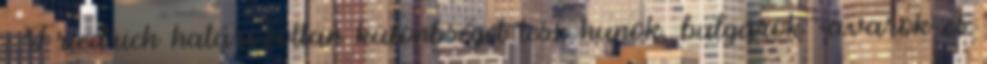
. Friedrich határozottan különbséget tesz hunok, bulgárok =avarok és